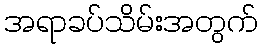
အရာခပ်သိမ်းအတွက်